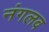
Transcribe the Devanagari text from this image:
नंगलव